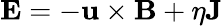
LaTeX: \mathbf{E}=-\mathbf{u}\times\mathbf{B}+\eta\mathbf{J}